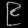
Digit: ၉